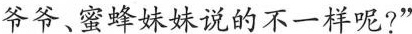
爷爷、蜜蜂妹妹说的不一样呢?”